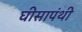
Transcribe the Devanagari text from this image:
घीसापंथी